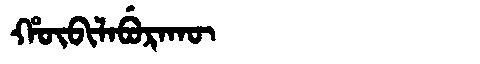
Manchu: ᡥᡡᠪᡳᠯᠠᠪᡠᡵᠠᡴᡡ
Romanization: HŪBILABURAKŪ